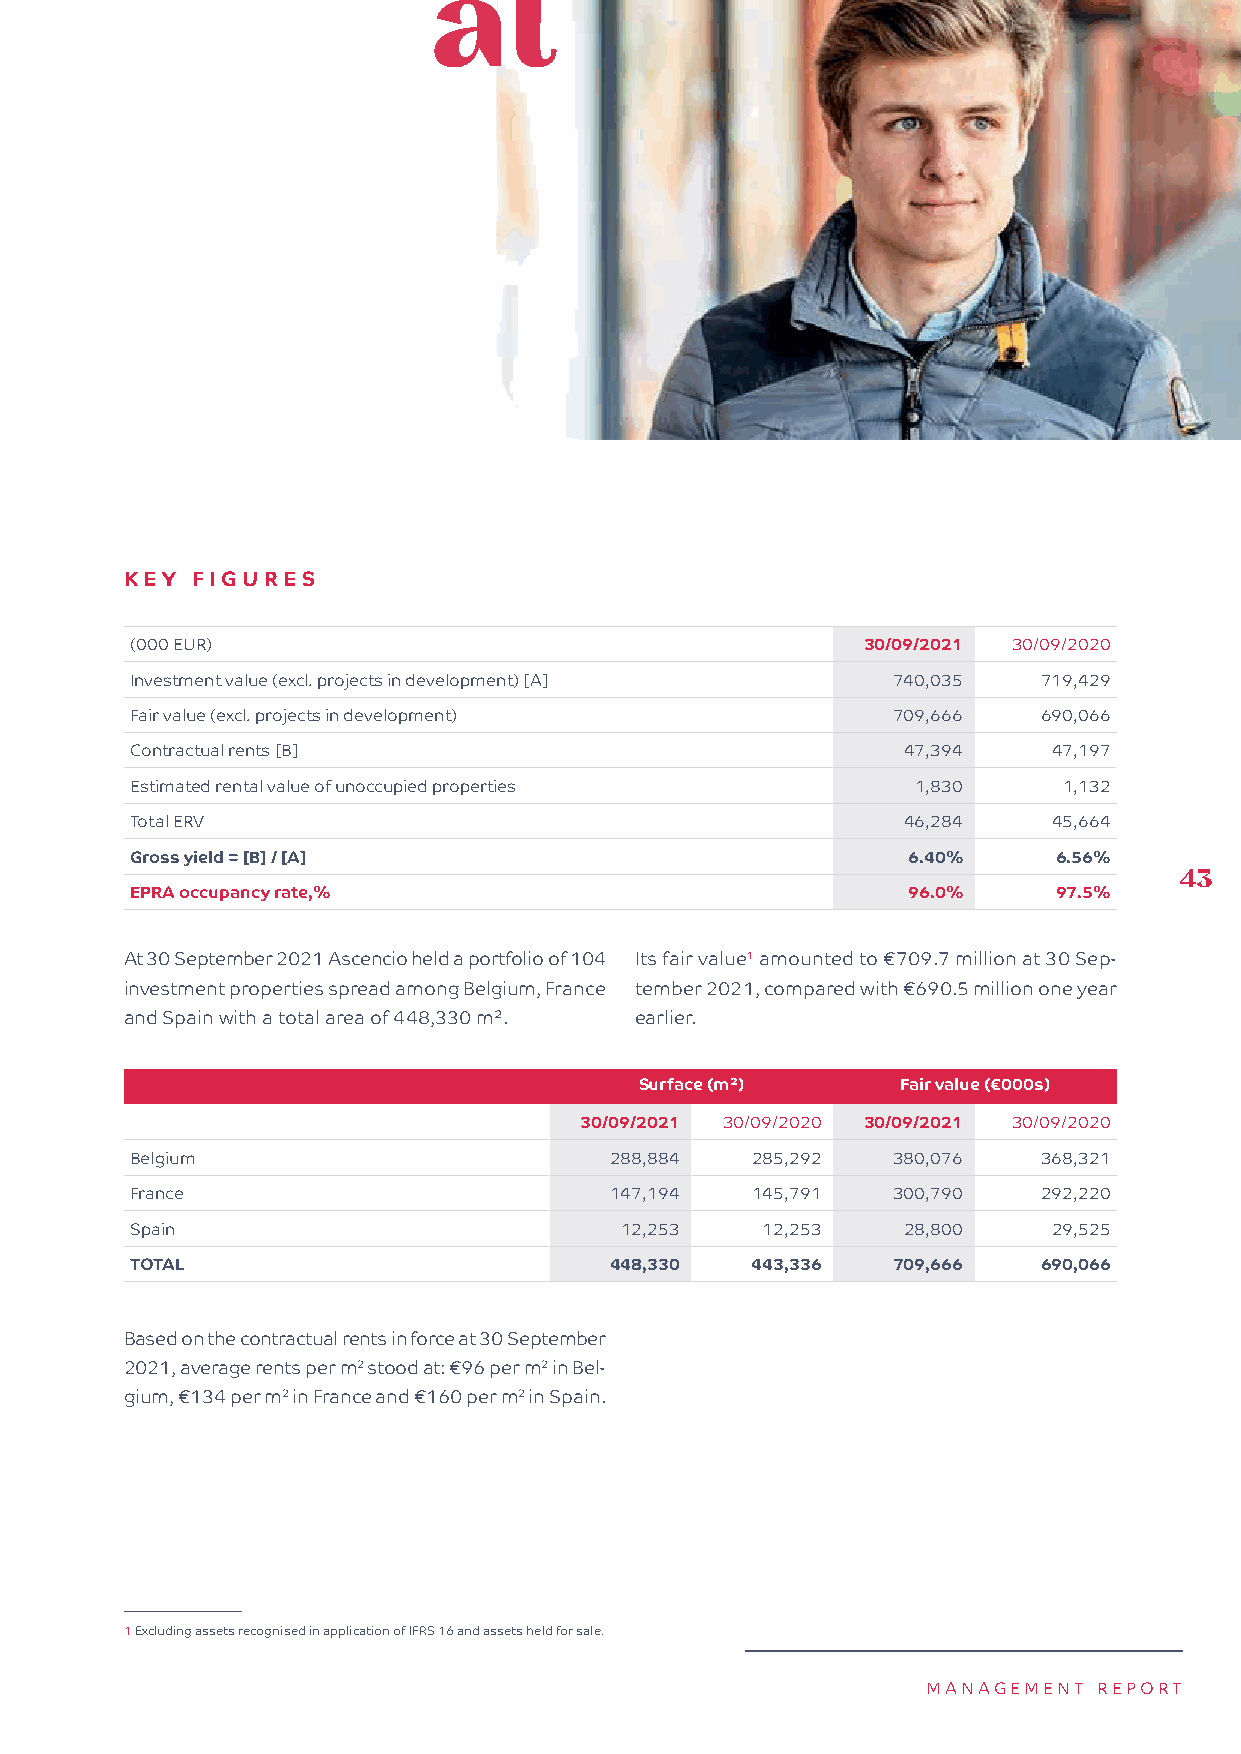
KEY  FIGURES
 (000 EUR)                                       30/09/2021 30/09/2020
 Investment value (excl. projects in development) [A] 740,035 719,429
 Fair value (excl. projects in development)        709,666   690,066
 Contractual rents [B]                              47,394    47,197
 Estimated rental value of unoccupied properties     1,830    1,132
 Total ERV                                          46,284    45,664
 Gross yield = [B] / [A]                            6.40%     6.56%
 43
 EPRA occupancy rate,%                              96.0%     97.5%
 At 30 September 2021 Ascencio held a portfolio of 104 Its fair value1 amounted to €709.7 million at 30 Sep-
 investment properties spread among Belgium, France tember 2021, compared with €690.5 million one year
 and Spain with a total area of 448,330 m². earlier.
 Surface (m²)      Fair value (€000s)
 30/09/2021 30/09/2020 30/09/2021 30/09/2020
 Belgium                        288,884   285,292  380,076   368,321
 France                         147,194   145,791  300,790   292,220
 Spain                           12,253   12,253    28,800    29,525
 TOTAL                          448,330   443,336  709,666   690,066
 Based on the contractual rents in force at 30 September
 2021, average rents per m2 stood at: €96 per m2 in Bel-
 gium, €134 per m2 in France and €160 per m2 in Spain.
 1 Excluding assets recognised in application of IFRS 16 and assets held for sale.
 MANAGEMENT  REPORT